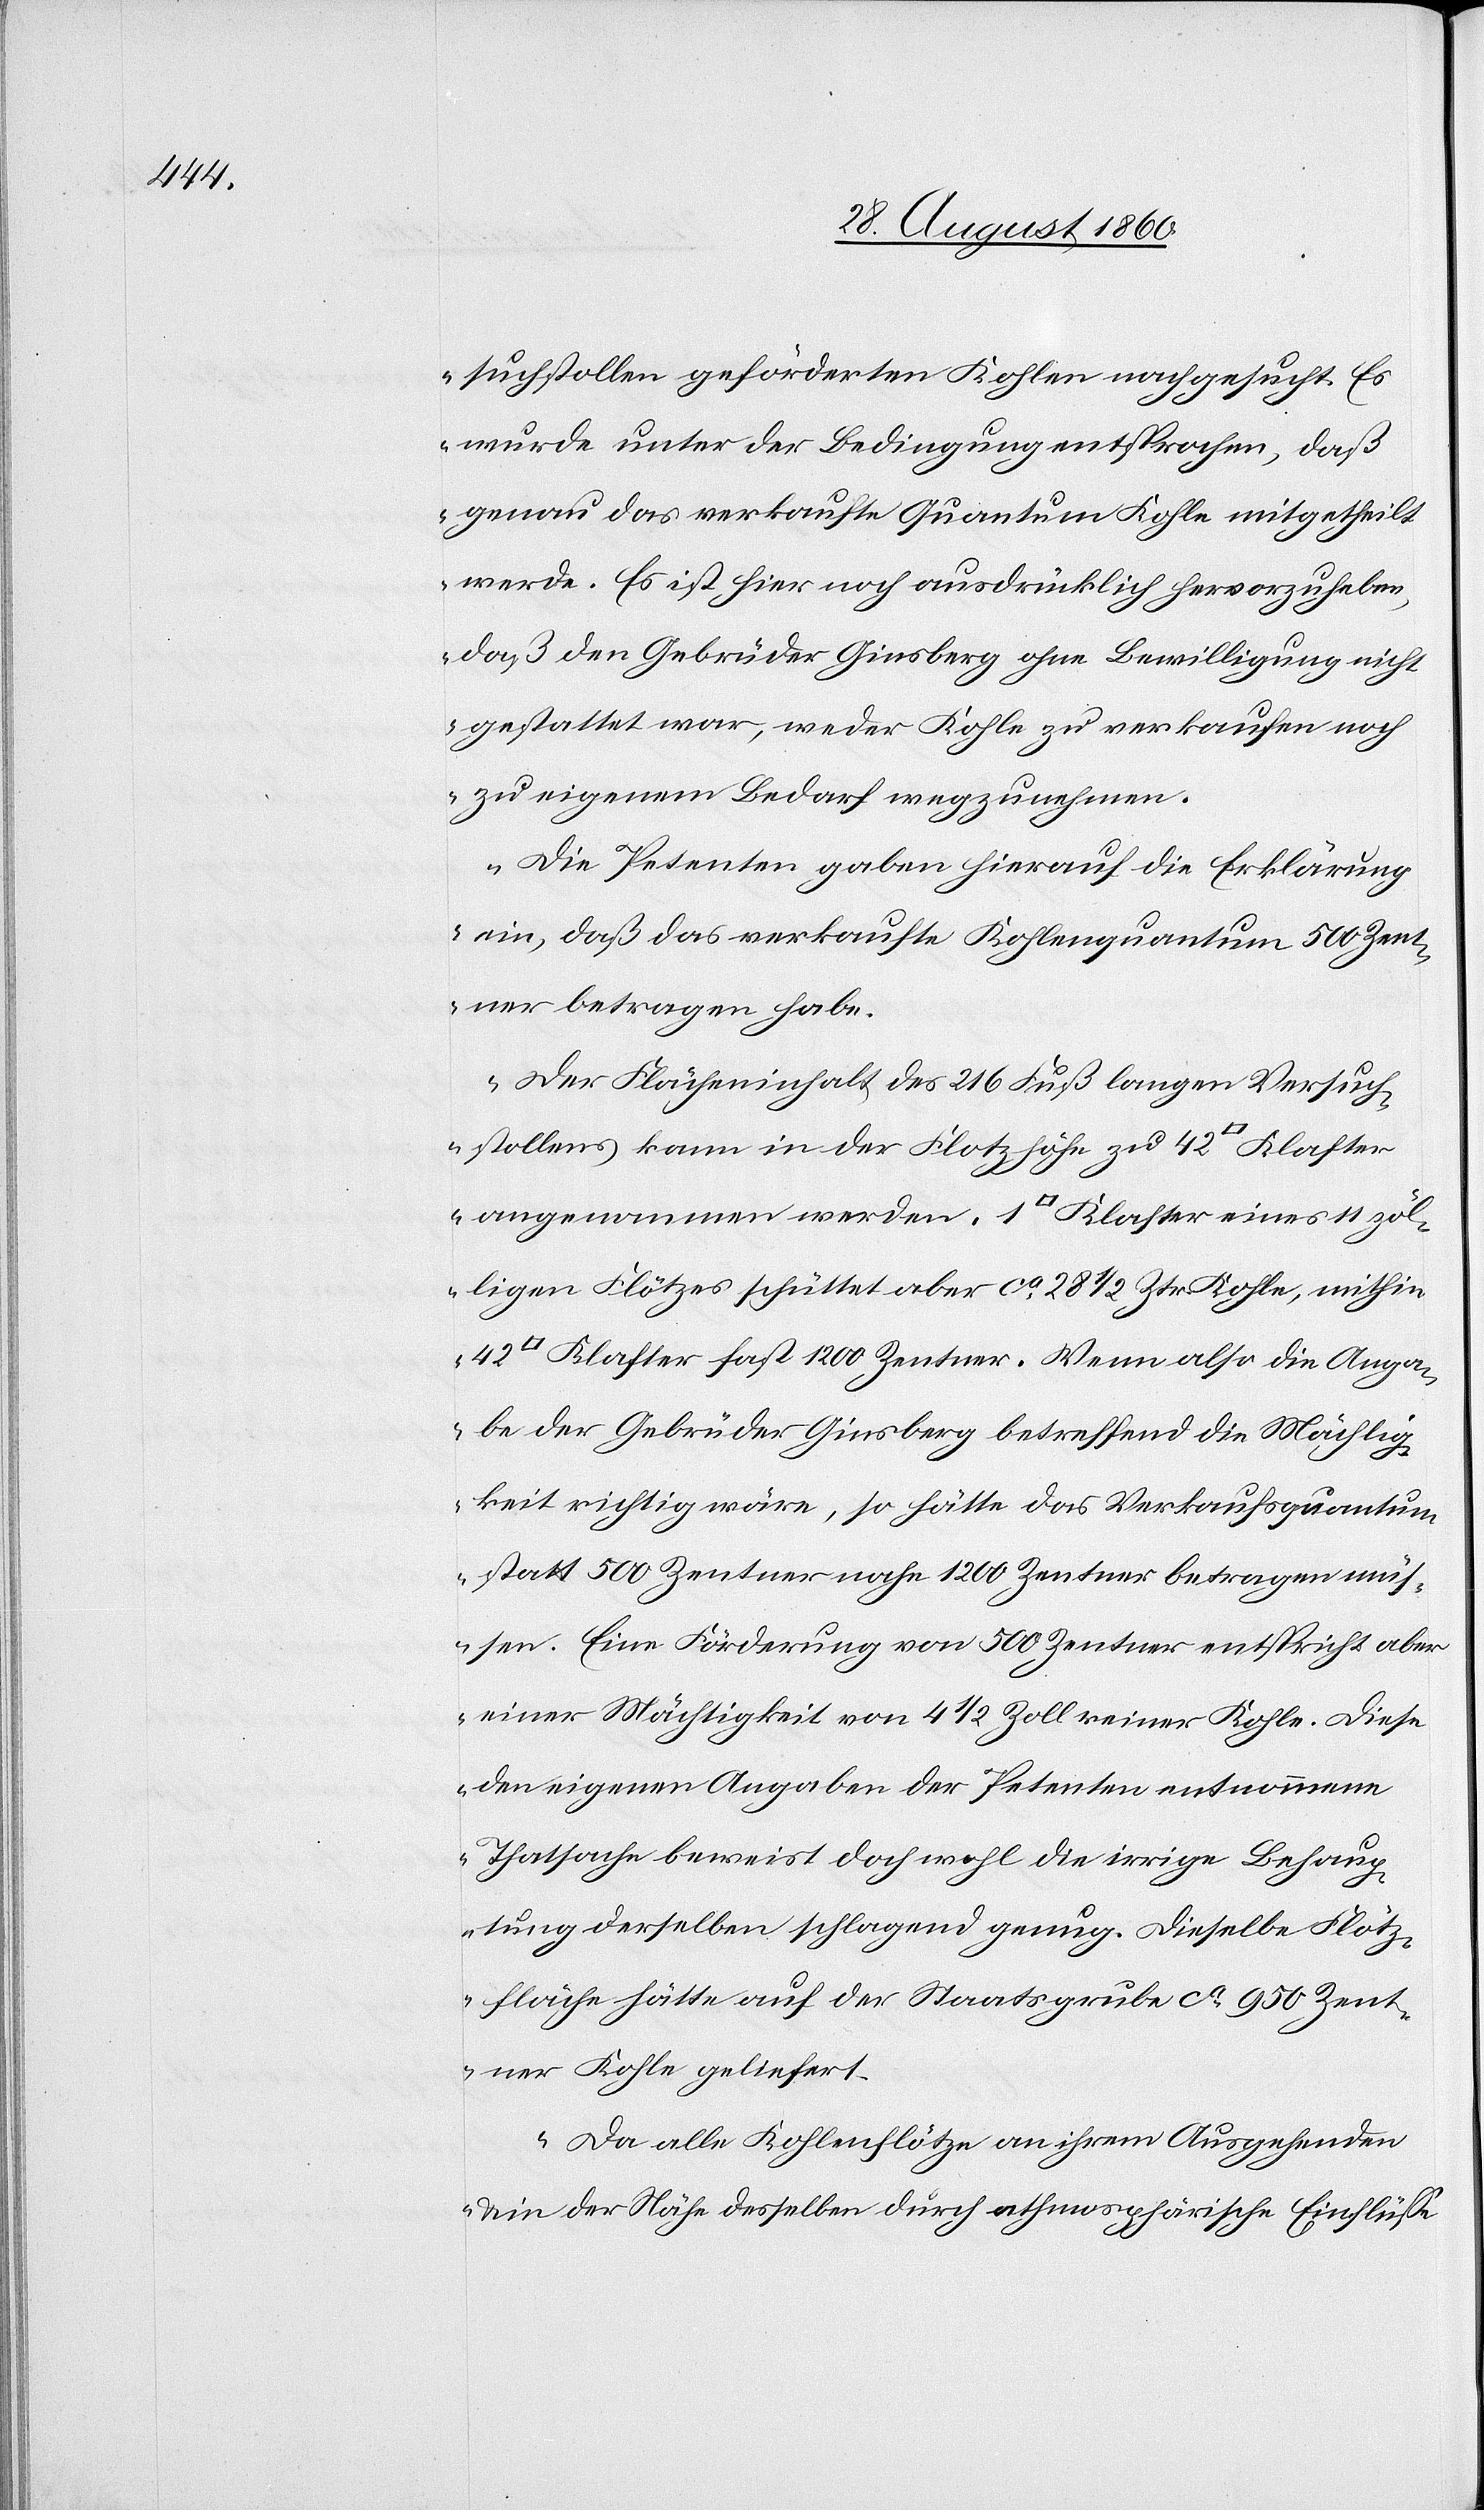
atfuss]

suchsstollen geförderten Kohlen nachgesucht. Es
wurde unter der Bedingung entsprochen, dass
genau das verkaufte Quantum Kohle mitgetheilt
werde. Es ist hier noch ausdrücklich hervorzuheben,
dass den Gebrüder Ginsberg ohne Bewilligung nicht
gestattet war, weder Kohle zu verkaufen, noch
zu eigenem Bedarf wegzunehmen.
Die Petenten gaben hierauf die Erklärung
ein, dass das verkaufte Kohlenquantum 500 Cent¬
ner betragen habe.
Der Flächeninhalt des 216 Fuss langen Versuch¬
sstollens kann in der Flotzhöhe zu 42 [Quadr¬
angenommen werden. 1 [Quadratfuss] Klafter eines 11 zöl¬
ligen Flötzes schüttet aber ca 28 1/2 Ctnr. Kohle, mithin
Klafter fast 1200 Centner. Wenn also die Anga¬
be der Gebrüder Ginsberg betreffend die Mächtig¬
keit richtig wäre, so hätte das Verkaufsquantum
statt 500 Centnern nahe 1200 Centner betragen müs¬
sen. Eine Förderung von 500 Centner entspricht aber
einer Mächtigkeit von 4 1/2 Zoll einer Kohle. Diese
den eigenen Angaben der Petenten entnommene
Thatsache beweist doch wohl die irrige Behaup¬
tung, derselben schlagend genug, dieselbe Flötz¬
fläche hätte auf der Staatsgrube ca 950 Cent¬
ner Kohle geliefert.
Da alle Kohleflötze an ihrem Ausgehenden
in der Nähe desselben durch atmosphärische Einflüsse